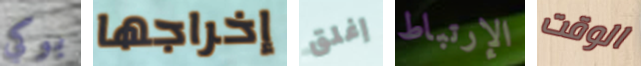
بوكي إخراجها إغلق الإرتباط الوقت